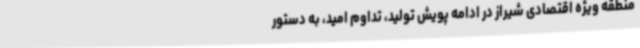
منطقه ویژه اقتصادی شیراز در ادامه پویش تولید، تداوم امید، به دستور